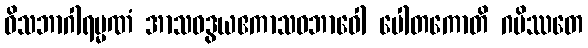
ဝိသဘာဂါရမ္မဏံ အာသဝဒွယဧကာသဝဘာဝေါ ပေါတကောတိ ဂမိဿတေ